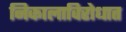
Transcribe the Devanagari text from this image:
निकालाविरोधात